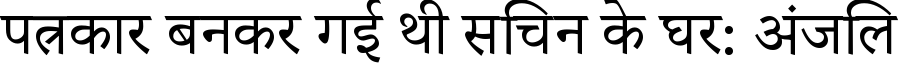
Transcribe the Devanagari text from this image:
पत्रकार बनकर गई थी सचिन के घर: अंजलि